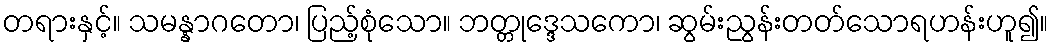
တရားနှင့်။ သမန္နာဂတော၊ ပြည့်စုံသော။ ဘတ္တုဒ္ဒေသကော၊ ဆွမ်းညွန်းတတ်သောရဟန်းဟူ၍။